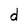
Character: d